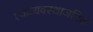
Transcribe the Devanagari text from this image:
एकव्यवस्थाजनित